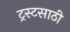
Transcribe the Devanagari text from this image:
ट्रस्टसाठी